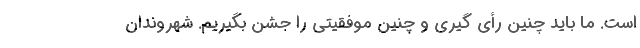
است. ما باید چنین رأی گیری و چنین موفقیتی را جشن بگیریم. شهروندان